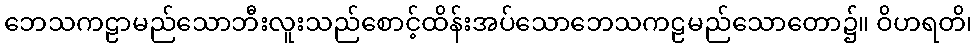
ဘေသကဠာမည်သောဘီးလူးသည်စောင့်ထိန်းအပ်သောဘေသကဠမည်သောတော၌။ ဝိဟရတိ၊